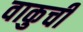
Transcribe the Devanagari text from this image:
वाकुची